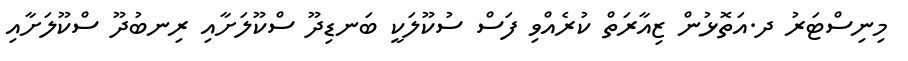
މިނިސްޓަރު ދ.އަތޮޅުން ޒިއާރަތް ކުރެއްވި ފަސް ސުކޫލަކީ ބަނޑިދޫ ސްކޫލަށާއި ރިނބުދޫ ސްކޫލަށާއި